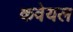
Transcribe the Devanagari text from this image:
कवेयल